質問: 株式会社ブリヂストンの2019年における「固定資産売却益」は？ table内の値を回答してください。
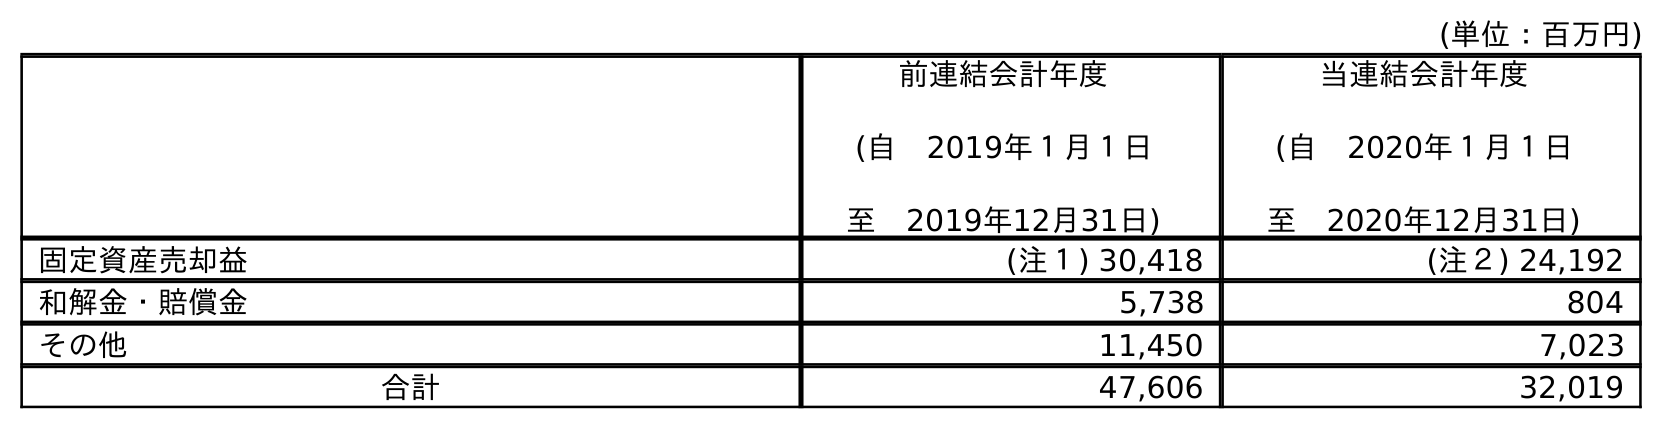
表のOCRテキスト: (単位：百万円) 前連結会計年度 (自 2019年１月１日 至 2019年12月31日) 当連結会計年度 (自 2020年１月１日 至 2020年12月31日) 固定資産売却益 (注１) 30,418 (注２) 24,192 和解金・賠償金 5,738 804 その他 11,450 7,023 合計 47,606 32,019
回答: (注１)30,418